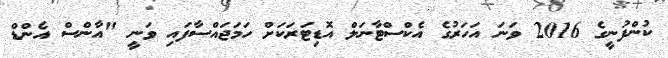
ކުންފުނީގެ 2016 ވަނަ އަހަރުގެ އެކްސްޓާނަލް އޮޑިޓަރަކަށް ހަމަޖައްސާފައި ވަނީ "އާންސް އެންޑް